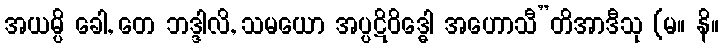
အယမ္ပိ ခေါ, တေ ဘဒ္ဒါလိ, သမယော အပ္ပဋိဝိဒ္ဓေါ အဟောသီ”တိအာဒီသု (မ။ နိ။